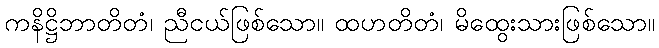
ကနိဋ္ဌိဘာတိတံ၊ ညီငယ်ဖြစ်သော။ ထဟတိတံ၊ မိထွေးသားဖြစ်သော။